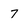
Character: 7